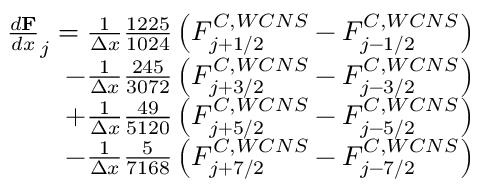
\begin{array} { r } { \frac { d \mathbf F } { d x } _ { j } = \frac { 1 } { \Delta x } \frac { 1 2 2 5 } { 1 0 2 4 } \left( F _ { j + 1 / 2 } ^ { C , W C N S } - F _ { j - 1 / 2 } ^ { C , W C N S } \right) } \\ { - \frac { 1 } { \Delta x } \frac { 2 4 5 } { 3 0 7 2 } \left( F _ { j + 3 / 2 } ^ { C , W C N S } - F _ { j - 3 / 2 } ^ { C , W C N S } \right) } \\ { + \frac { 1 } { \Delta x } \frac { 4 9 } { 5 1 2 0 } \left( F _ { j + 5 / 2 } ^ { C , W C N S } - F _ { j - 5 / 2 } ^ { C , W C N S } \right) } \\ { - \frac { 1 } { \Delta x } \frac { 5 } { 7 1 6 8 } \left( F _ { j + 7 / 2 } ^ { C , W C N S } - F _ { j - 7 / 2 } ^ { C , W C N S } \right) } \end{array}